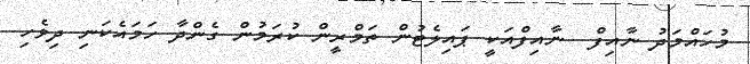
މުހައްމަދު ނާއިފް  ނާއިފްއަކީ ޕައިލެޓުން ތަމްރީން ކުރަމުން ގެންދާ ހަމައެކަނި ދިވެހި